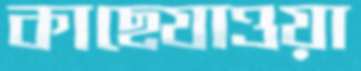
কাছেযাওয়া